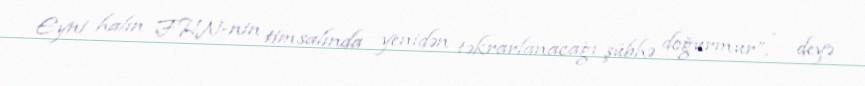
Eyni halın FHN-nin timsalında yenidən təkrarlanacağı şübhə doğurmur”, - deyə